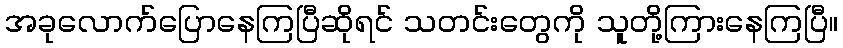
အခုလောက်ပြောနေကြပြီဆိုရင် သတင်းတွေကို သူတို့ကြားနေကြပြီ။